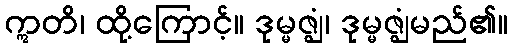
ဣတိ၊ ထို့ကြောင့်။ ဒုမ္မဇ္ဈံ၊ ဒုမ္မဇ္ဈံမည်၏။